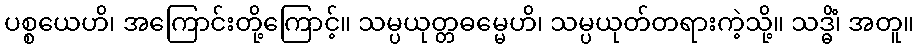
ပစ္စယေဟိ၊ အကြောင်းတို့ကြောင့်။ သမ္ပယုတ္တဓမ္မေဟိ၊ သမ္ပယုတ်တရားကဲ့သို့။ သဒ္ဓိံ၊ အတူ။